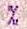
%